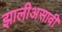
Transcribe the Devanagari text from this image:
झालीअसावी